Annual report on the Civil Veterinary Department, Burma (including the Insein Veterinary School) - 1923-1931
Year: 1923
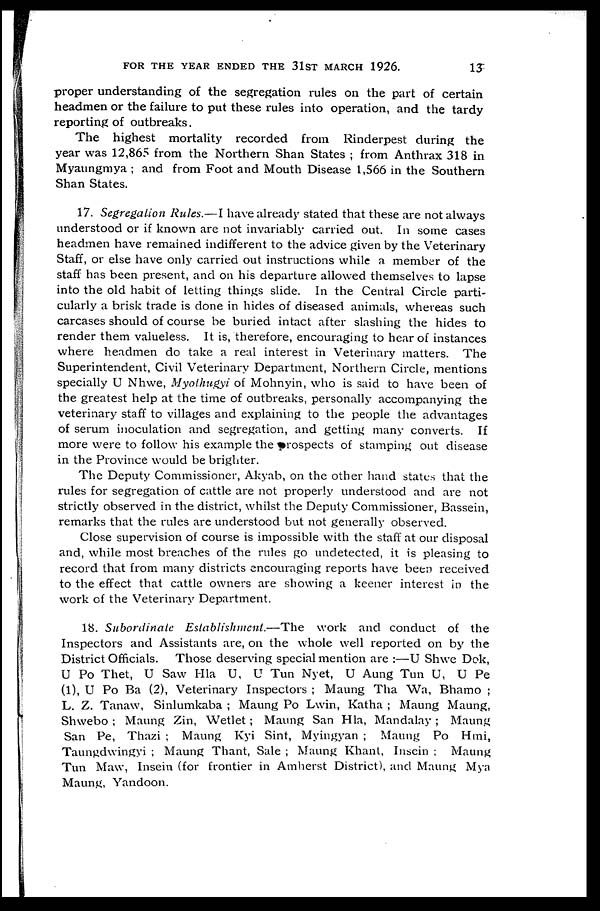
FOR THE YEAR ENDED THE 31ST MARCH 1926.
13
proper understanding of the segregation rules on the part of certain
headmen or the failure to put these rules into operation, and the tardy
reporting of outbreaks.
The highest mortality recorded from Rinderpest during the
year was 12,865 from the Northern Shan States ; from Anthrax 318 in
Myaungmya ; and from Foot and Mouth Disease 1,566 in the Southern
Shan States.
17. Segregation Rules.—I have already stated that these are not always
understood or if known are not invariably carried out. In some cases
headmen have remained indifferent to the advice given by the Veterinary
Staff, or else have only carried out instructions while a member of the
staff has been present, and on his departure allowed themselves to lapse
into the old habit of letting things slide. In the Central Circle parti-
cularly a brisk trade is done in hides of diseased animals, whereas such
carcases should of course be buried intact after slashing the hides to
render them valueless. It is, therefore, encouraging to hear of instances
where headmen do take a real interest in Veterinary matters. The
Superintendent, Civil Veterinary Department, Northern Circle, mentions
specially U Nhwe, Myothugyi of Mohnyin, who is said to have been of
the greatest help at the time of outbreaks, personally accompanying the
veterinary staff to villages and explaining to the people the advantages
of serum inoculation and segregation, and getting many converts. If
more were to follow his example the prospects of stamping out disease
in the Province would be brighter.
The Deputy Commissioner, Akyab, on the other hand states that the
rules for segregation of cattle are not properly understood and are not
strictly observed in the district, whilst the Deputy Commissioner, Bassein,
remarks that the rules are understood but not generally observed.
Close supervision of course is impossible with the staff at our disposal
and, while most breaches of the rules go undetected, it is pleasing to
record that from many districts encouraging reports have been received
to the effect that cattle owners are showing a keener interest in the
work of the Veterinary Department.
18. Subordinate Establishment.—The
work and conduct of the
Inspectors and Assistants are, on the whole well reported on by the
District Officials. Those deserving special mention are :—U Shwe Dok,
U Po Thet, U Saw Hla U, U Tun Nyet, U Aung Tun U, U Pe
(1), U Po Ba (2), Veterinary Inspectors ; Maung Tha Wa, Bhamo ;
L. Z. Tanaw, Sinlumkaba ; Maung Po Lwin, Katha ; Maung Maung,
Shwebo ; Maung Zin, Wetlet; Maung San Hla, Mandalay; Maung
San Pe, Thazi ; Maung Kyi Sint, Myingyan ; Maung Po Hmi,
Taungdwingyi ; Maung Thant, Sale ; Maung Khant, Insein ; Maung
Tun Maw, Insein (for frontier in Amherst District), and Maung Mya
Maung, Yandoon.